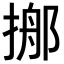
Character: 𢰓